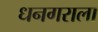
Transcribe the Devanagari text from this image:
धनगराला